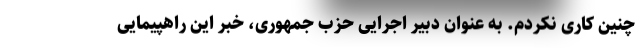
چنین کاری نکردم. به عنوان دبیر اجرایی حزب جمهوری، خبر این راهپیمایی